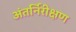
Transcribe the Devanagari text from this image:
अंतर्निरीक्षण